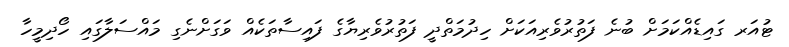
ޓުއަރ ގައިޑެއްކަމަށް ބުނެ ފަތުރުވެރިއަކަށް ހިދުމަތްދީ ފަތުރުވެރިޔާގެ ފައިސާތަކެއް ވަގަށްނެގި މައްސަލާގައި ހޯދިމީހާ